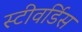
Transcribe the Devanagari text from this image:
स्‍टीवर्डिस